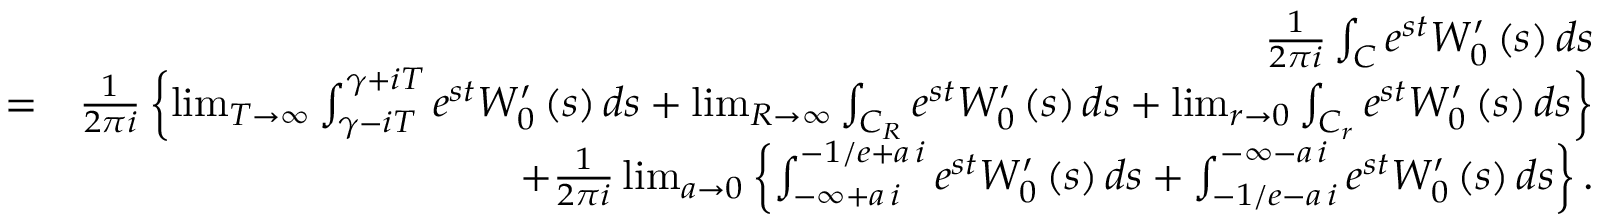
\begin{array} { r l r } & { } & { \frac { 1 } { 2 \pi i } \int _ { C } e ^ { s t } W _ { 0 } ^ { \prime } \left( s \right) d s } \\ & { = } & { \frac { 1 } { 2 \pi i } \left\{ \operatorname* { l i m } _ { T \rightarrow \infty } \int _ { \gamma - i T } ^ { \gamma + i T } e ^ { s t } W _ { 0 } ^ { \prime } \left( s \right) d s + \operatorname* { l i m } _ { R \rightarrow \infty } \int _ { C _ { R } } e ^ { s t } W _ { 0 } ^ { \prime } \left( s \right) d s + \operatorname* { l i m } _ { r \rightarrow 0 } \int _ { C _ { r } } e ^ { s t } W _ { 0 } ^ { \prime } \left( s \right) d s \right\} } \\ & { } & { + \frac { 1 } { 2 \pi i } \operatorname* { l i m } _ { a \rightarrow 0 } \left\{ \int _ { - \infty + a \, i } ^ { - 1 / e + a \, i } e ^ { s t } W _ { 0 } ^ { \prime } \left( s \right) d s + \int _ { - 1 / e - a \, i } ^ { - \infty - a \, i } e ^ { s t } W _ { 0 } ^ { \prime } \left( s \right) d s \right\} . } \end{array}